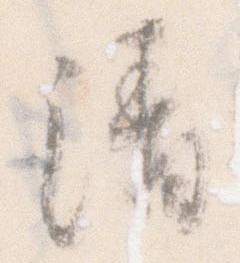
清